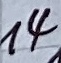
Text: 14